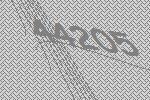
44205